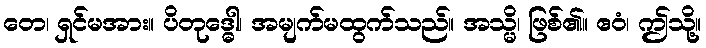
တေ၊ ရှင်မအား။ ပိတုဒ္ဓေါ၊ အမျက်မထွက်သည်။ အသ္မိ၊ ဖြစ်၏။ ဧဝံ၊ ဤသို့။